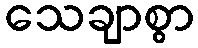
သေချာစွာ